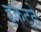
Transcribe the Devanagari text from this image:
इकट्‍ठे